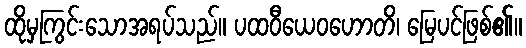
ထိုမှကြွင်းသောအရပ်သည်။ ပထဝီယေဝဟောတိ၊ မြေပင်ဖြစ်၏။